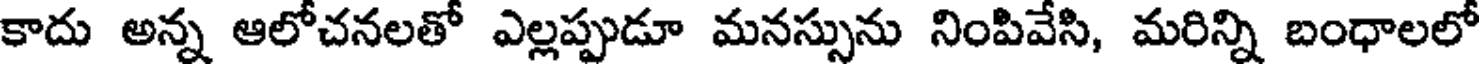
కాదు అన్న ఆలోచనలతో ఎల్లప్పుడూ మనస్సును నింపివేసి, మరిన్ని బంధాలలో